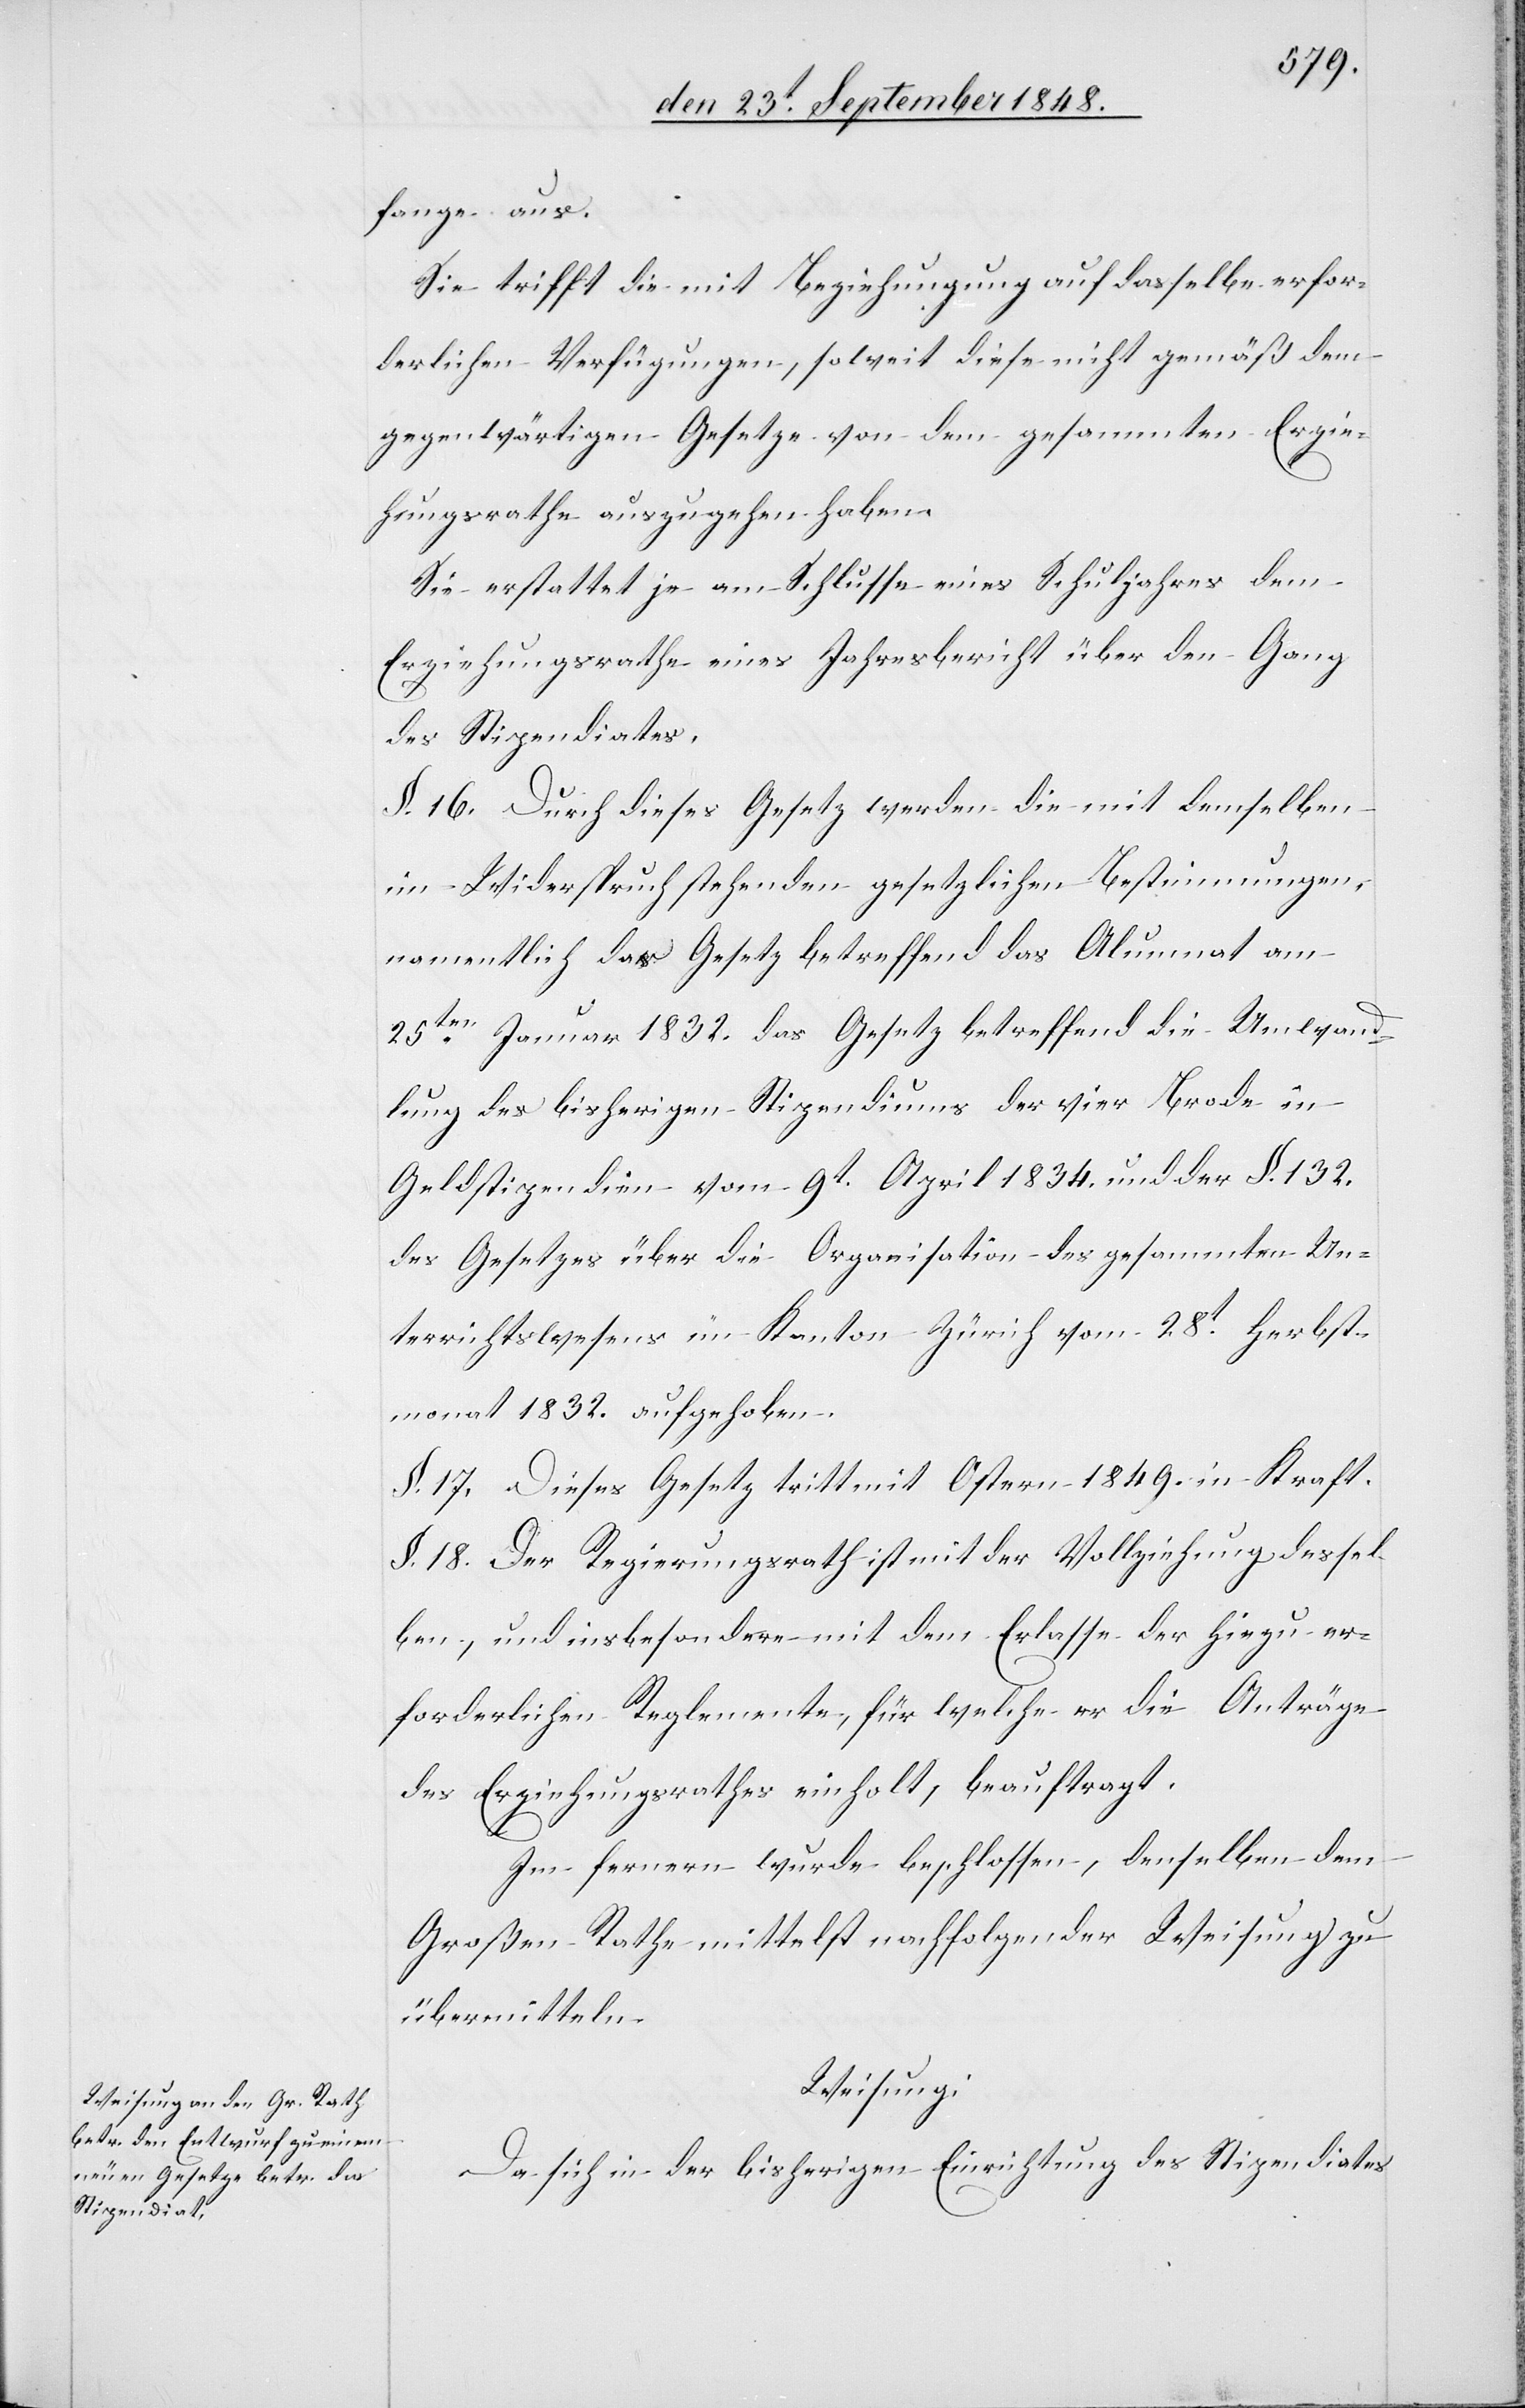
fange aus.
Sie trifft die mit Beziehung auf dasselbe erfor¬
derlichen Verfügungen, soweit diese nicht gemäß dem
gegenwärtigen Gesetze von dem gesammten Erzie¬
hungsrathe auszugehen haben.
Sie erstattet je am Schlusse eines Schuljahres dem
Erziehungsrathe einen Jahresbericht über den Gang
des Stipendiates.
§. 16. Durch diese Gesetz werden die mit demselben
im Widerspruch stehenden gesetzlichen Bestimmungen,
namentlich das Gesetz betreffend das Alumnat am
25ten Januar 1832. das Gesetz betreffend die Umwand¬
lung des bisherigen Stipendiums der vier Brode in
Geldstipendien vom 9t April 1834. und der §. 132.
des Gesetzes über die Organisation des gesammten Un¬
terrichtswesens im Kanton Zürich vom 28t Herbst¬
monat 1832. aufgehoben.
§. 17. Diese Gesetz tritt mit Ostern 1849. in Kraft.
§. 18. Der Regierungsrath ist mit der Vollziehung dessel¬
ben, und insbesondere mit dem Erlasse der hiezu er¬
forderlichen Reglemente, für welche er die Anträge
des Erziehungsrathes einholt, beauftragt.
Im fernern wurde beschlossen, denselben dem
Großen Rathe mittelst nachfolgender Weisung zu
übermitteln.
Weisung:
Da sich in der bisherigen Einrichtung des Stipendiates